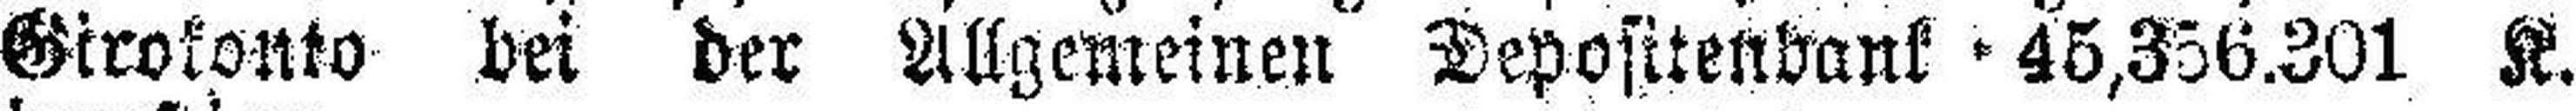
Girokonto bei der Allgemeinen Depositenbank 45,356.301 K.